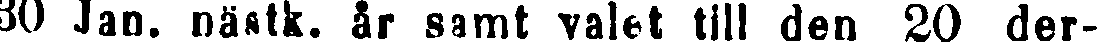
30 Jan. nästk. år samt valet till den 20 der-